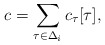
\begin{align*}c=\sum_{\tau \in \Delta_i}c_{\tau}[\tau],\end{align*}